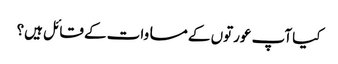
کیا آپ عورتوں کے مساوات کے قائل ہیں؟